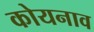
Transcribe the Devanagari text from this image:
कोयनाव